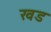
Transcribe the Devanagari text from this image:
खड